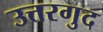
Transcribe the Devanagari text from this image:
उत्तरगुद